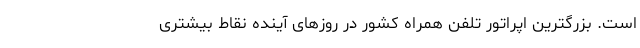
است. بزرگترین اپراتور تلفن همراه کشور در روزهای آینده نقاط بیشتری